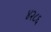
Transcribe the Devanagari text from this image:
४२८६